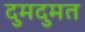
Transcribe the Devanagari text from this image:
दुमदुमत